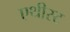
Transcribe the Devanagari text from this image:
एथीस्ट